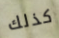
كذلك